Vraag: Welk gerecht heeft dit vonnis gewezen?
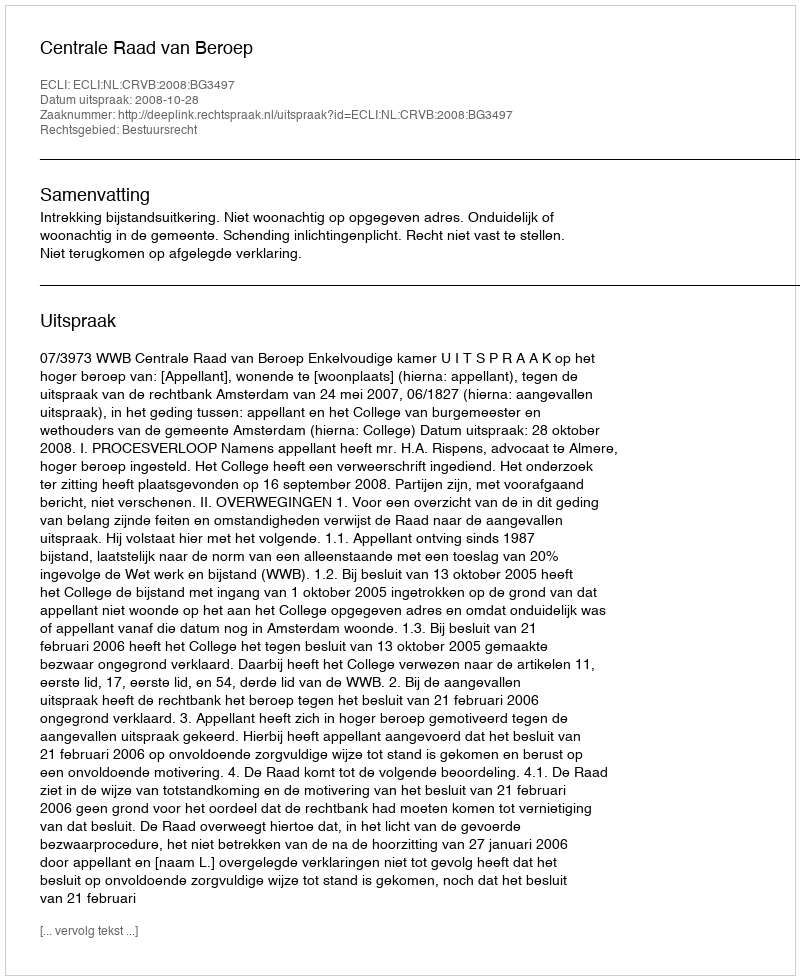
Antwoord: Centrale Raad van Beroep